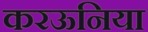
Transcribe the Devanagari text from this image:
करऊनिया